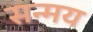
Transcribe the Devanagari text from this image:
सन्मय